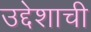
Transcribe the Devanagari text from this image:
उद्देशाची